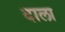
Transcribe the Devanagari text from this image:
दाला